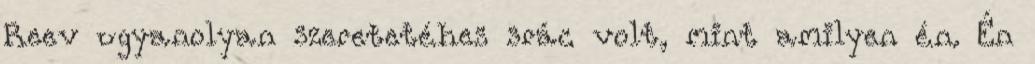
Reev ugyanolyan szeretetéhes srác volt, mint amilyen én. Én